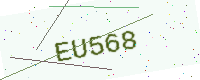
Text: EU568